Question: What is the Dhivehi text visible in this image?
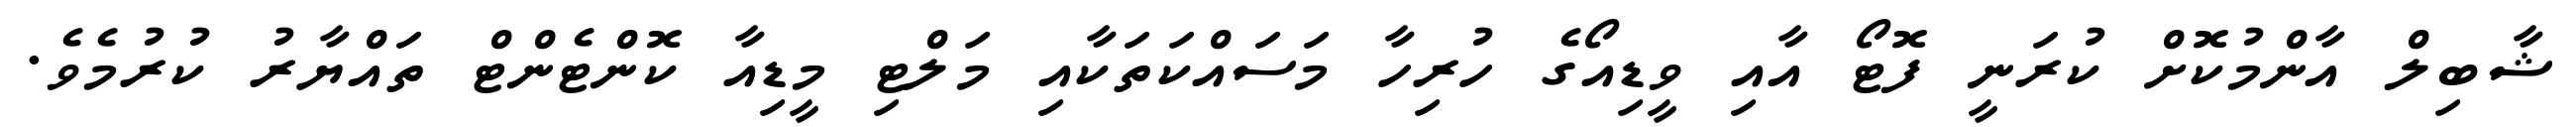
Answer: ޝާބިލް އާންމުކޮށް ކުރަނީ ފޮޓޯ އާއި ވީޑިއޯގެ ހުރިހާ މަސައްކަތަކާއި މަލްޓި މީޑިއާ ކޮންޓެންޓް ތައްޔާރު ކުރުމެވެ.